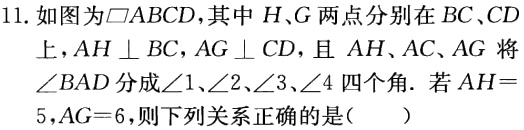
11. 如图为$\square ABCD$,其中$H$、$G$两点分别在$BC$、$CD$上,$AH\perp BC$,$AG\perp CD$,且$AH$、$AC$、$AG$将$\angle BAD$分成$\angle 1$、$\angle 2$、$\angle 3$、$\angle 4$四个角. 若$AH = 5$,$AG = 6$,则下列关系正确的是（  ）